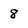
Character: 8